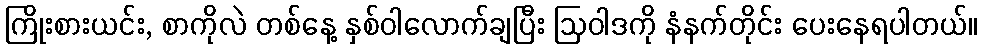
ကြိုးစားယင်း, စာကိုလဲ တစ်နေ့ နှစ်ဝါလောက်ချပြီး ဩဝါဒကို နံနက်တိုင်း ပေးနေရပါတယ်။